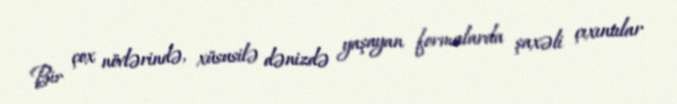
Bir çox növlərində, xüsusilə dənizdə yaşayan formalarda şaxəli çıxıntılar